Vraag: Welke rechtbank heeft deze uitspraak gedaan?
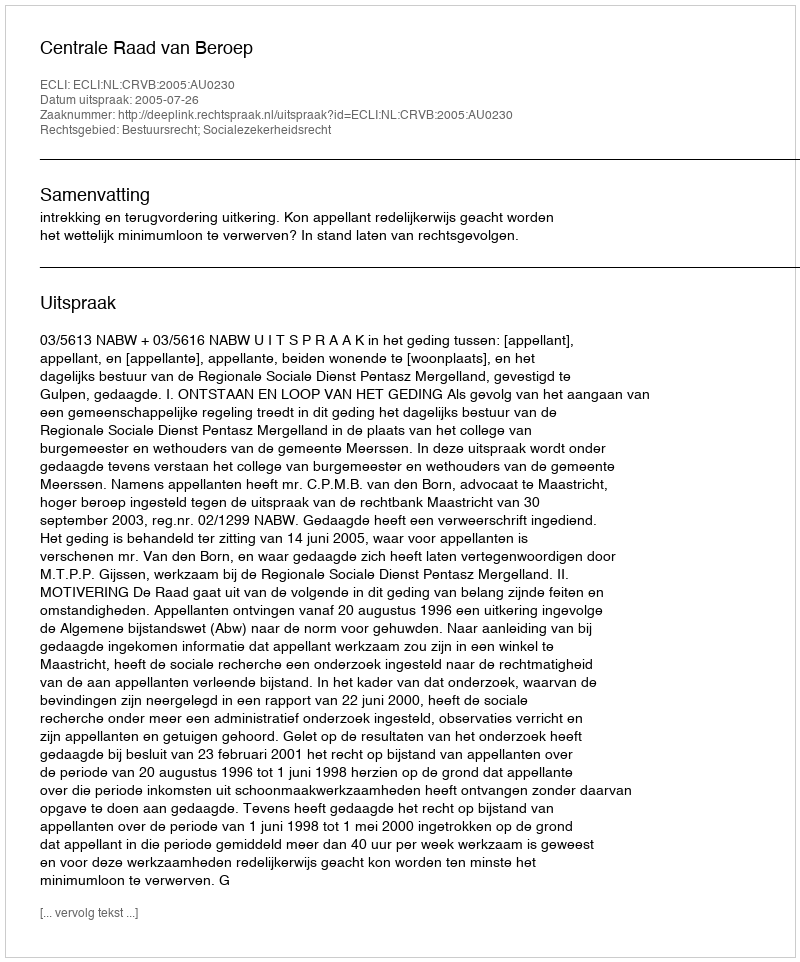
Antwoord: Centrale Raad van Beroep